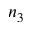
n _ { 3 }